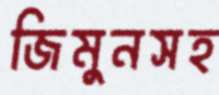
জিমুনসহ